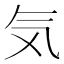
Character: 気